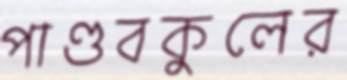
পাণ্ডবকুলের